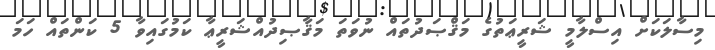
މިސާލަކަށް އިސްލާމީ ޝަރީޢަތުގެ މަޤްޞަދުތައް ނުވަތަ މަޤާޞިދުއްޝަރީޢާ ކަމުގައިވާ 5 ކަންތައް ހަމަ